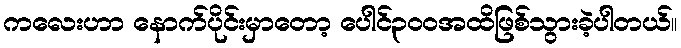
ကလေးဟာ နောက်ပိုင်းမှာတော့ ပေါင်၃၀၀အထိဖြစ်သွားခဲ့ပါတယ်။